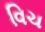
વિચ